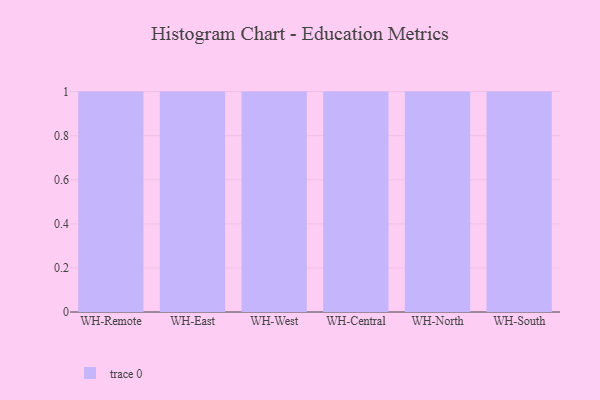
{"axis": {"x": "Warehouse", "y": "Budget (USD K)"}, "legend": [""], "data": [{"x": "WH-Remote", "y": 64, "type": ""}, {"x": "WH-East", "y": 14, "type": ""}, {"x": "WH-West", "y": 20, "type": ""}, {"x": "WH-Central", "y": 30, "type": ""}, {"x": "WH-North", "y": 51, "type": ""}, {"x": "WH-South", "y": 97, "type": ""}]}